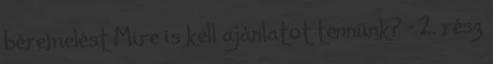
béremelést Mire is kell ajánlatot tennünk? - 2. rész